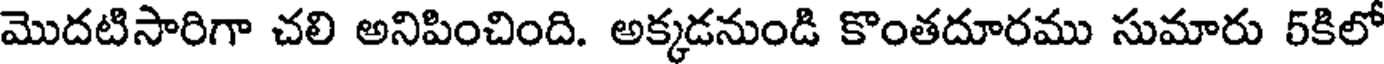
మొదటిసారిగా చలి అనిపించింది. అక్కడనుండి కొంతదూరము సుమారు 5కిలో